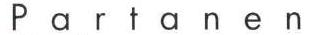
Partanen